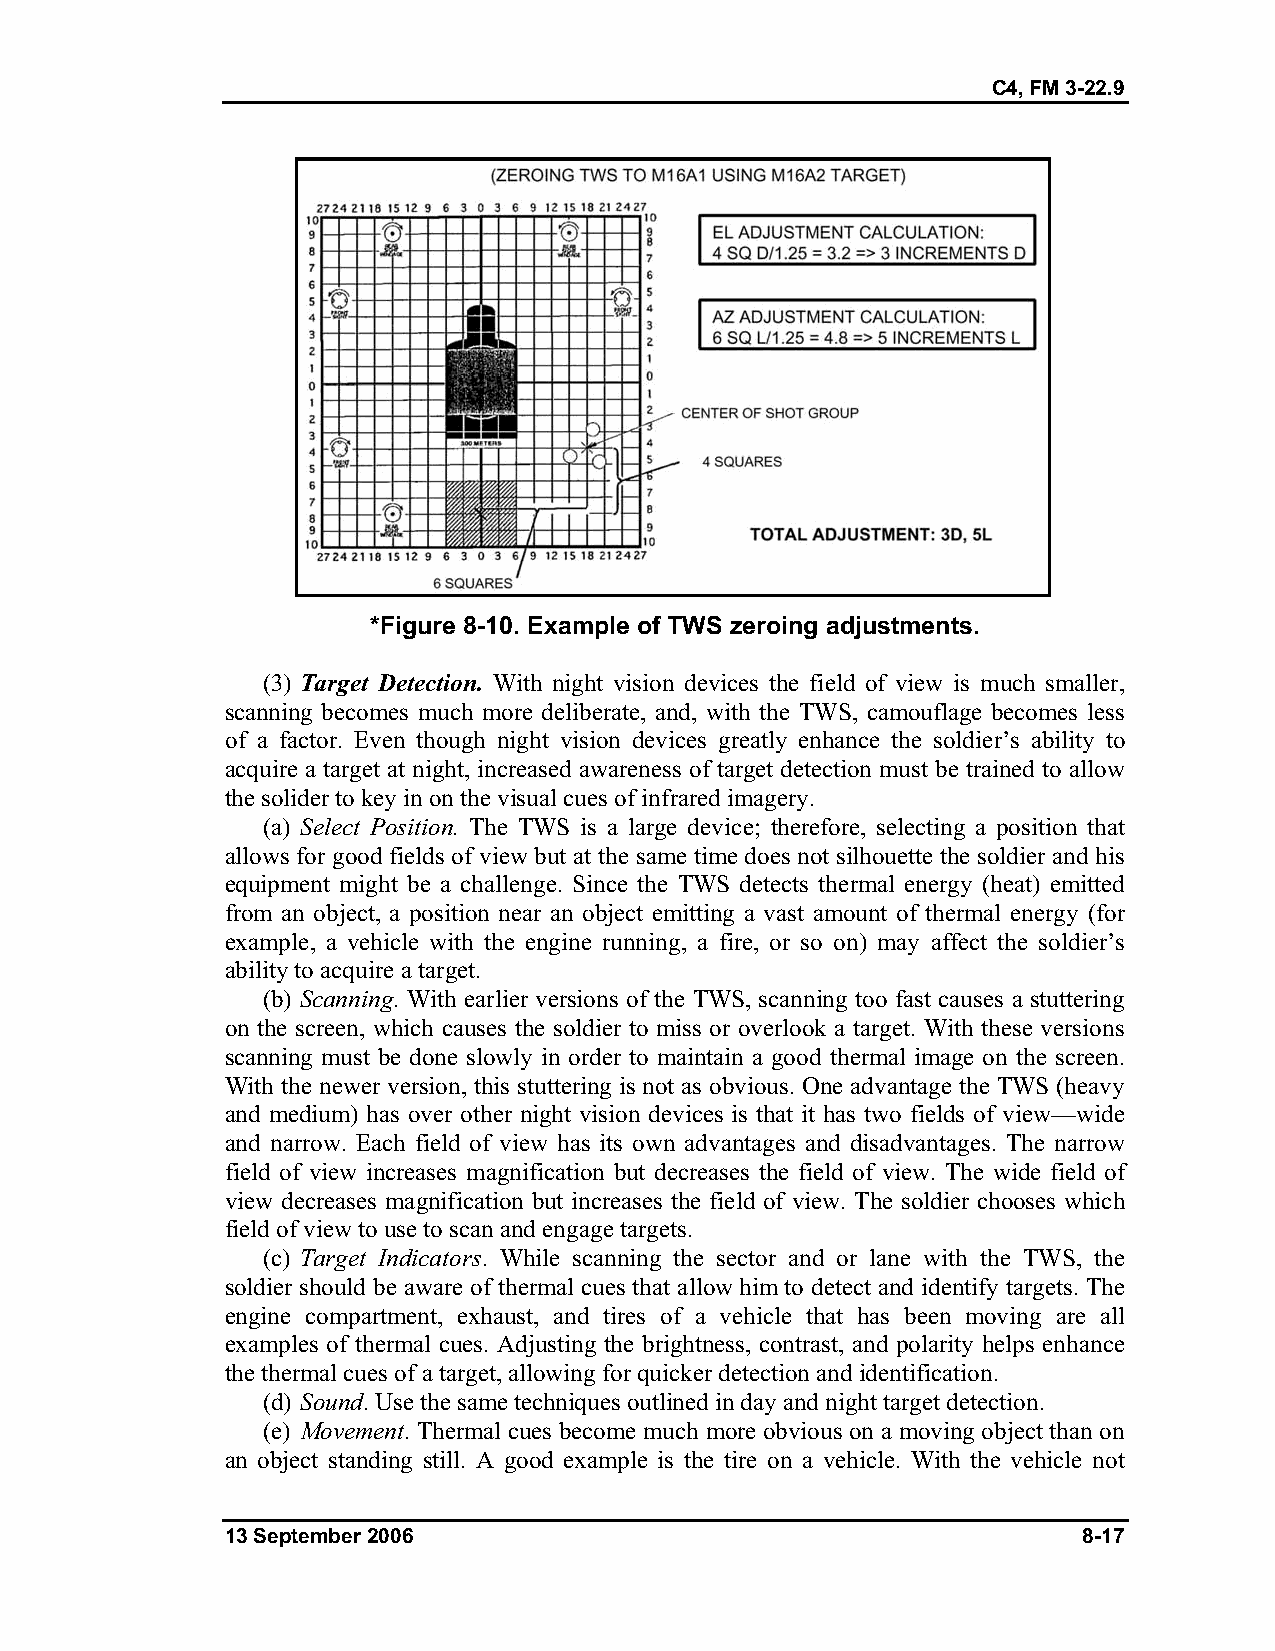
C4, FM 3-22.9
 *Figure 8-10. Example of TWS zeroing adjustments.
 (3) Target Detection. With night vision devices the field of view is much smaller,
 scanning becomes much more deliberate, and, with the TWS, camouflage becomes less
 of a factor. Even though night vision devices greatly enhance the soldier’s ability to
 acquire a target at night, increased awareness of target detection must be trained to allow
 the solider to key in on the visual cues of infrared imagery.
 (a) Select Position. The TWS is a large device; therefore, selecting a position that
 allows for good fields of view but at the same time does not silhouette the soldier and his
 equipment might be a challenge. Since the TWS detects thermal energy (heat) emitted
 from an object, a position near an object emitting a vast amount of thermal energy (for
 example, a vehicle with the engine running, a fire, or so on) may affect the soldier’s
 ability to acquire a target.
 (b) Scanning. With earlier versions of the TWS, scanning too fast causes a stuttering
 on the screen, which causes the soldier to miss or overlook a target. With these versions
 scanning must be done slowly in order to maintain a good thermal image on the screen.
 With the newer version, this stuttering is not as obvious. One advantage the TWS (heavy
 and medium) has over other night vision devices is that it has two fields of view—wide
 and narrow. Each field of view has its own advantages and disadvantages. The narrow
 field of view increases magnification but decreases the field of view. The wide field of
 view decreases magnification but increases the field of view. The soldier chooses which
 field of view to use to scan and engage targets.
 (c) Target Indicators. While scanning the sector and or lane with the TWS, the
 soldier should be aware of thermal cues that allow him to detect and identify targets. The
 engine compartment, exhaust, and tires of a vehicle that has been moving are all
 examples of thermal cues. Adjusting the brightness, contrast, and polarity helps enhance
 the thermal cues of a target, allowing for quicker detection and identification.
 (d) Sound. Use the same techniques outlined in day and night target detection.
 (e) Movement. Thermal cues become much more obvious on a moving object than on
 an object standing still. A good example is the tire on a vehicle. With the vehicle not
 13 September 2006                                        8-17